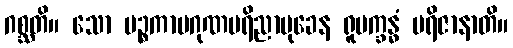
ဂစ္ဆတိ။ သော ပဉ္စကာမဂုဏပရိညာမုခေန ရူပက္ခန္ဓံ ပရိဇာနာတိ။